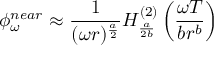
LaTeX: \phi _ { \omega } ^ { n e a r } \approx \frac { 1 } { ( \omega r ) ^ { \frac { a } { 2 } } } H _ { \frac { a } { 2 b } } ^ { ( 2 ) } \left( \frac { \omega T } { b r ^ { b } } \right)